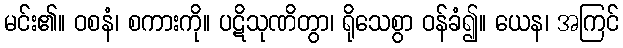
မင်း၏။ ဝစနံ၊ စကားကို။ ပဋိသုဏိတွာ၊ ရိုသေစွာ ဝန်ခံ၍။ ယေန၊ အကြင်